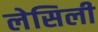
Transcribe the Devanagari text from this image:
लेसिली